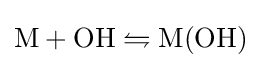
\mathrm {M+OH} \leftrightharpoons \mathrm {M(OH)}